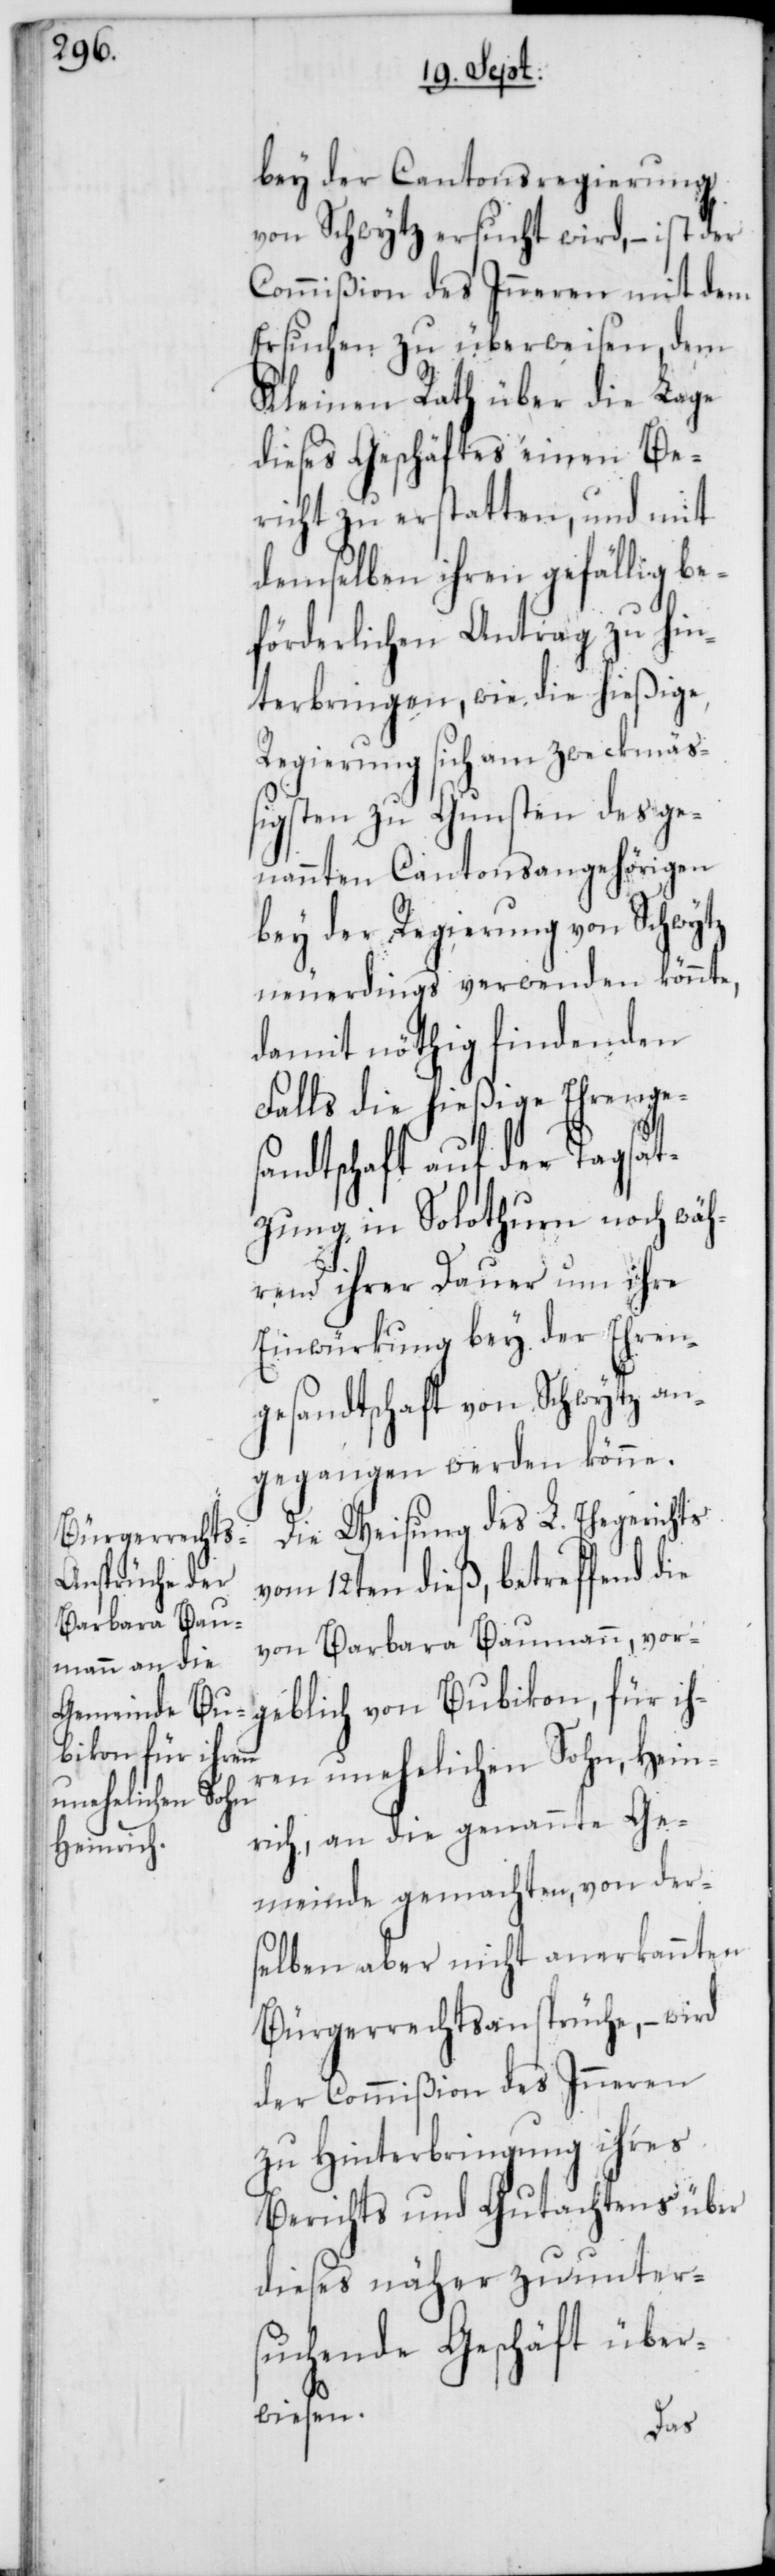
bey der Cantonsregierung
von Schwytz ersucht wird, – ist der
Commißion des Inneren mit dem
Ersuchen zu überweisen, dem
Kleinen Rath über die Lage
dieses Geschäftes einen Be¬
richt zu erstatten, und mit
demselben ihren gefällig be¬
förderlichen Antrag zu hin¬
terbringen, wie die hießige
Regierung sich am zweckmäß¬
igsten zu Gunsten des ge¬
nannten Cantonsangehörigen
bey der Regierung von Schwytz
neuerdings verwenden könnte,
damit nöthig findenden
Falls die hießige Ehrenge¬
sandtschaft auf der Tagsat¬
zung in Solothurn noch wäh¬
rend ihrer Dauer um ihre
Einwürkung bey der Ehren¬
gesandtschaft von Schwytz an¬
gegangen werden könne.
Die Weisung des L. Ehegerichts
vom 12ten dieß, betreffend die
von Barbara Baumann, vor¬
geblich von Bubikon, für ih¬
ren unehelichen Sohn, Hein¬
rich, an die genannte Ge¬
meinde gemachten, von der¬
selben aber nicht anerkannten
Bürgerrechtsansprüche, – wird
der Commißion des Inneren
zu Hinterbringung ihres
Berichts und Gutachtens über
dieses näher zu unter¬
suchende Geschäft über¬
wiesen.